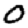
Digit: 0